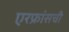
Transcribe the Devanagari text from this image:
एरफ्रांसची